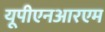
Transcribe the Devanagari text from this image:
यूपीएनआरएम